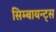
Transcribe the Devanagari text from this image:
सिम्बायन्ट्स